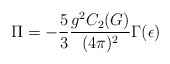
\begin{align*}\Pi = -\frac{5}{3} \frac{g^2 C_2(G)}{(4\pi)^2} \Gamma(\epsilon)\end{align*}